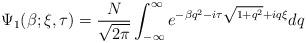
LaTeX: \begin{align*}\Psi_{1}(\beta; \xi, \tau) = \frac{N}{\sqrt{2\pi}} \int_{-\infty}^{\infty} e^{-\beta q^{2} - i \tau \sqrt{1+ q^{2}} + i q \xi} dq\end{align*}